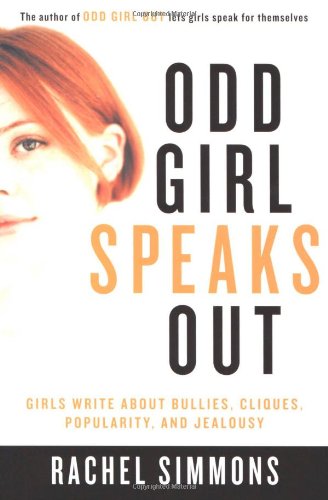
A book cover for Odd Girl Speaks Out: Girls Write about Bullies, Cliques, Popularity, and Jealousy; Rachel Simmons; Parenting & Relationships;